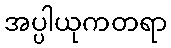
အပ္ပါယုကတရာ